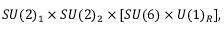
S U ( 2 ) _ { 1 } \times S U ( 2 ) _ { 2 } \times [ S U ( 6 ) \times U ( 1 ) _ { R } ] ,